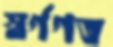
স্বর্গগত